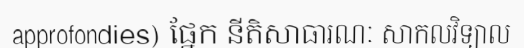
approfondies) ផ្នែក នីតិសាធារណៈ សាកលវិទ្យាល